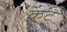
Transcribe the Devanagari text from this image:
क़ट